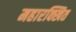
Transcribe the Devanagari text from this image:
महारक्खित